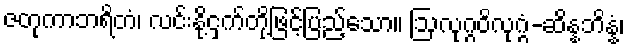
ဇတုကာဘရိတံ၊ လင်းနို့ငှက်တို့ဖြင့်ပြည့်သော။ ဩလုဂ္ဂဝိလုဂ္ဂံ-ဆိန္နဘိန္နံ၊